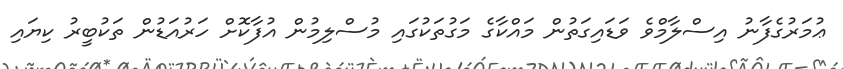
ޢުމަރުގެފާނު އިސްލާމްވެ ވަޑައިގަތުން މައްކާގެ މަގުތަކުގައި މުސްލިމުން އުފާކޮށް ހަރުއަޑުން ތަކުބީރު ކިޔައި